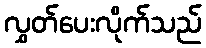
လွှတ်ပေးလိုက်သည်